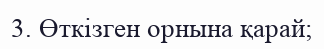
3. Өткізген орнына қарай;